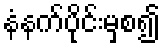
နံနက်ပိုင်းမှစ၍